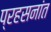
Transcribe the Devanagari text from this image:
प्रहसनांत